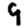
Digit: 9